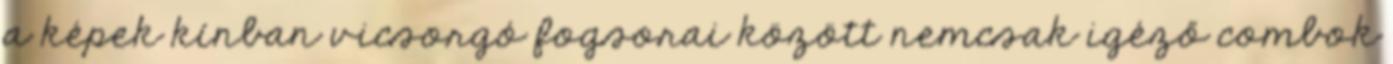
a képek kínban vicsorgó fogsorai között nemcsak igéző combok